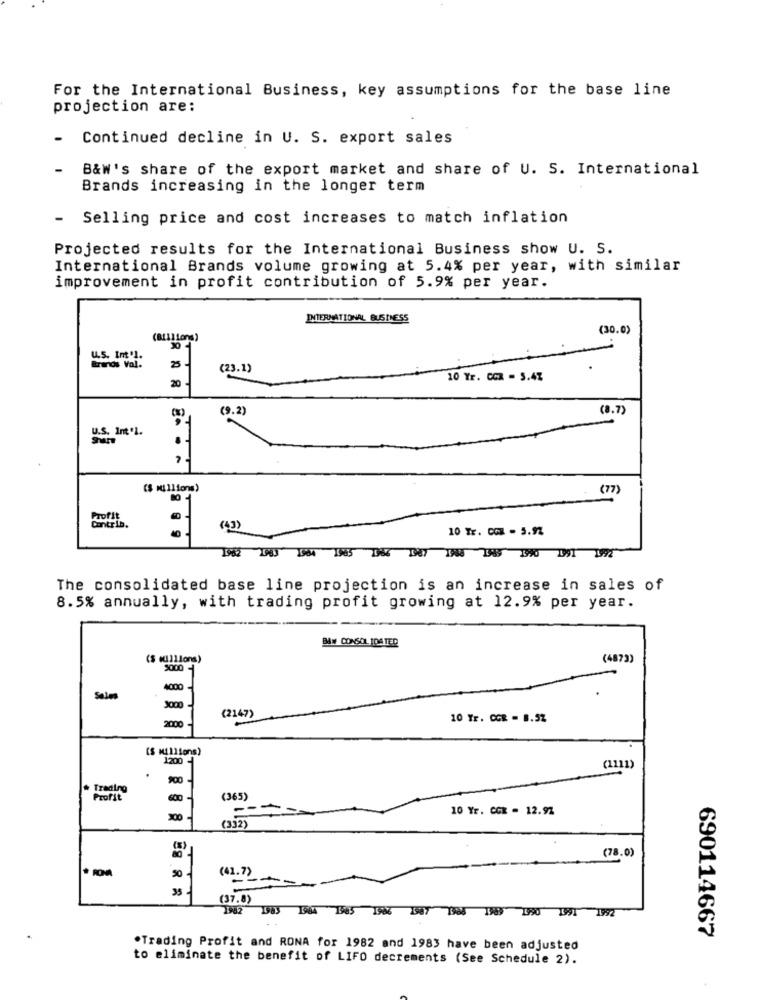
For the International Business, key assumptions for the base line
projection are:
Continued decline in U. S. export sales
B&W's share of the export market and share of U. S. International
Brands increasing in the longer term
-
Selling price and cost increases to match inflation
Projected results for the International Business show U. S.
International Brands volume growing at 5.4% per year, with similar
improvement in profit contribution of 5.9% per year.
INTERNATIONAL BUSINESS
(30.0)
(BILlions)
u.s. Int'l.
Brands Val.
25 -
(23.1)
20
10 Yr. COR - 5.47
(9.2)
(8.7)
U.S. Int 'l.
($ millions)
(77)
Profit
Contrib.
(43)
10 Tr. COM - 5.92
1982 1983 1384 1945 186 187 1988 395 590 191 19
The consolidated base line projection is an increase in sales of
8.5% annually, with trading profit growing at 12.9% per year.
BAW CONSOLIDATED
(S mullions)
(4873)
5000
Sale
(2147)
10 Tr. CCR = B.52
2000
(S Millions)
1200
(1111)
900
Trading
Profit
600
(365)
10 Yr. CCK - 12.92
200
(332)
(78.0)
50
(41.7)
35
(37.8)
1952 1983 1984 1985 1986 1987 188 1983 1990 1991 1992
690114667
"Trading Profit and RONA for 1982 and 1983 have been adjusted
to eliminate the benefit of LIFO decrements (See Schedule 2).